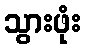
သွားဖုံး